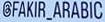
@FAKIR_ARABIC